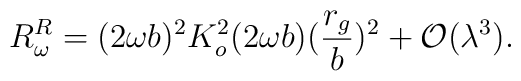
R^R_\omega=(2\omega b)^2 K^2_o(2\omega b)(\frac{r_g}{b})^2+{\cal O}(\lambda^3).